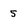
Character: 5